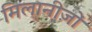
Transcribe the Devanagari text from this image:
मिलानीज़ों